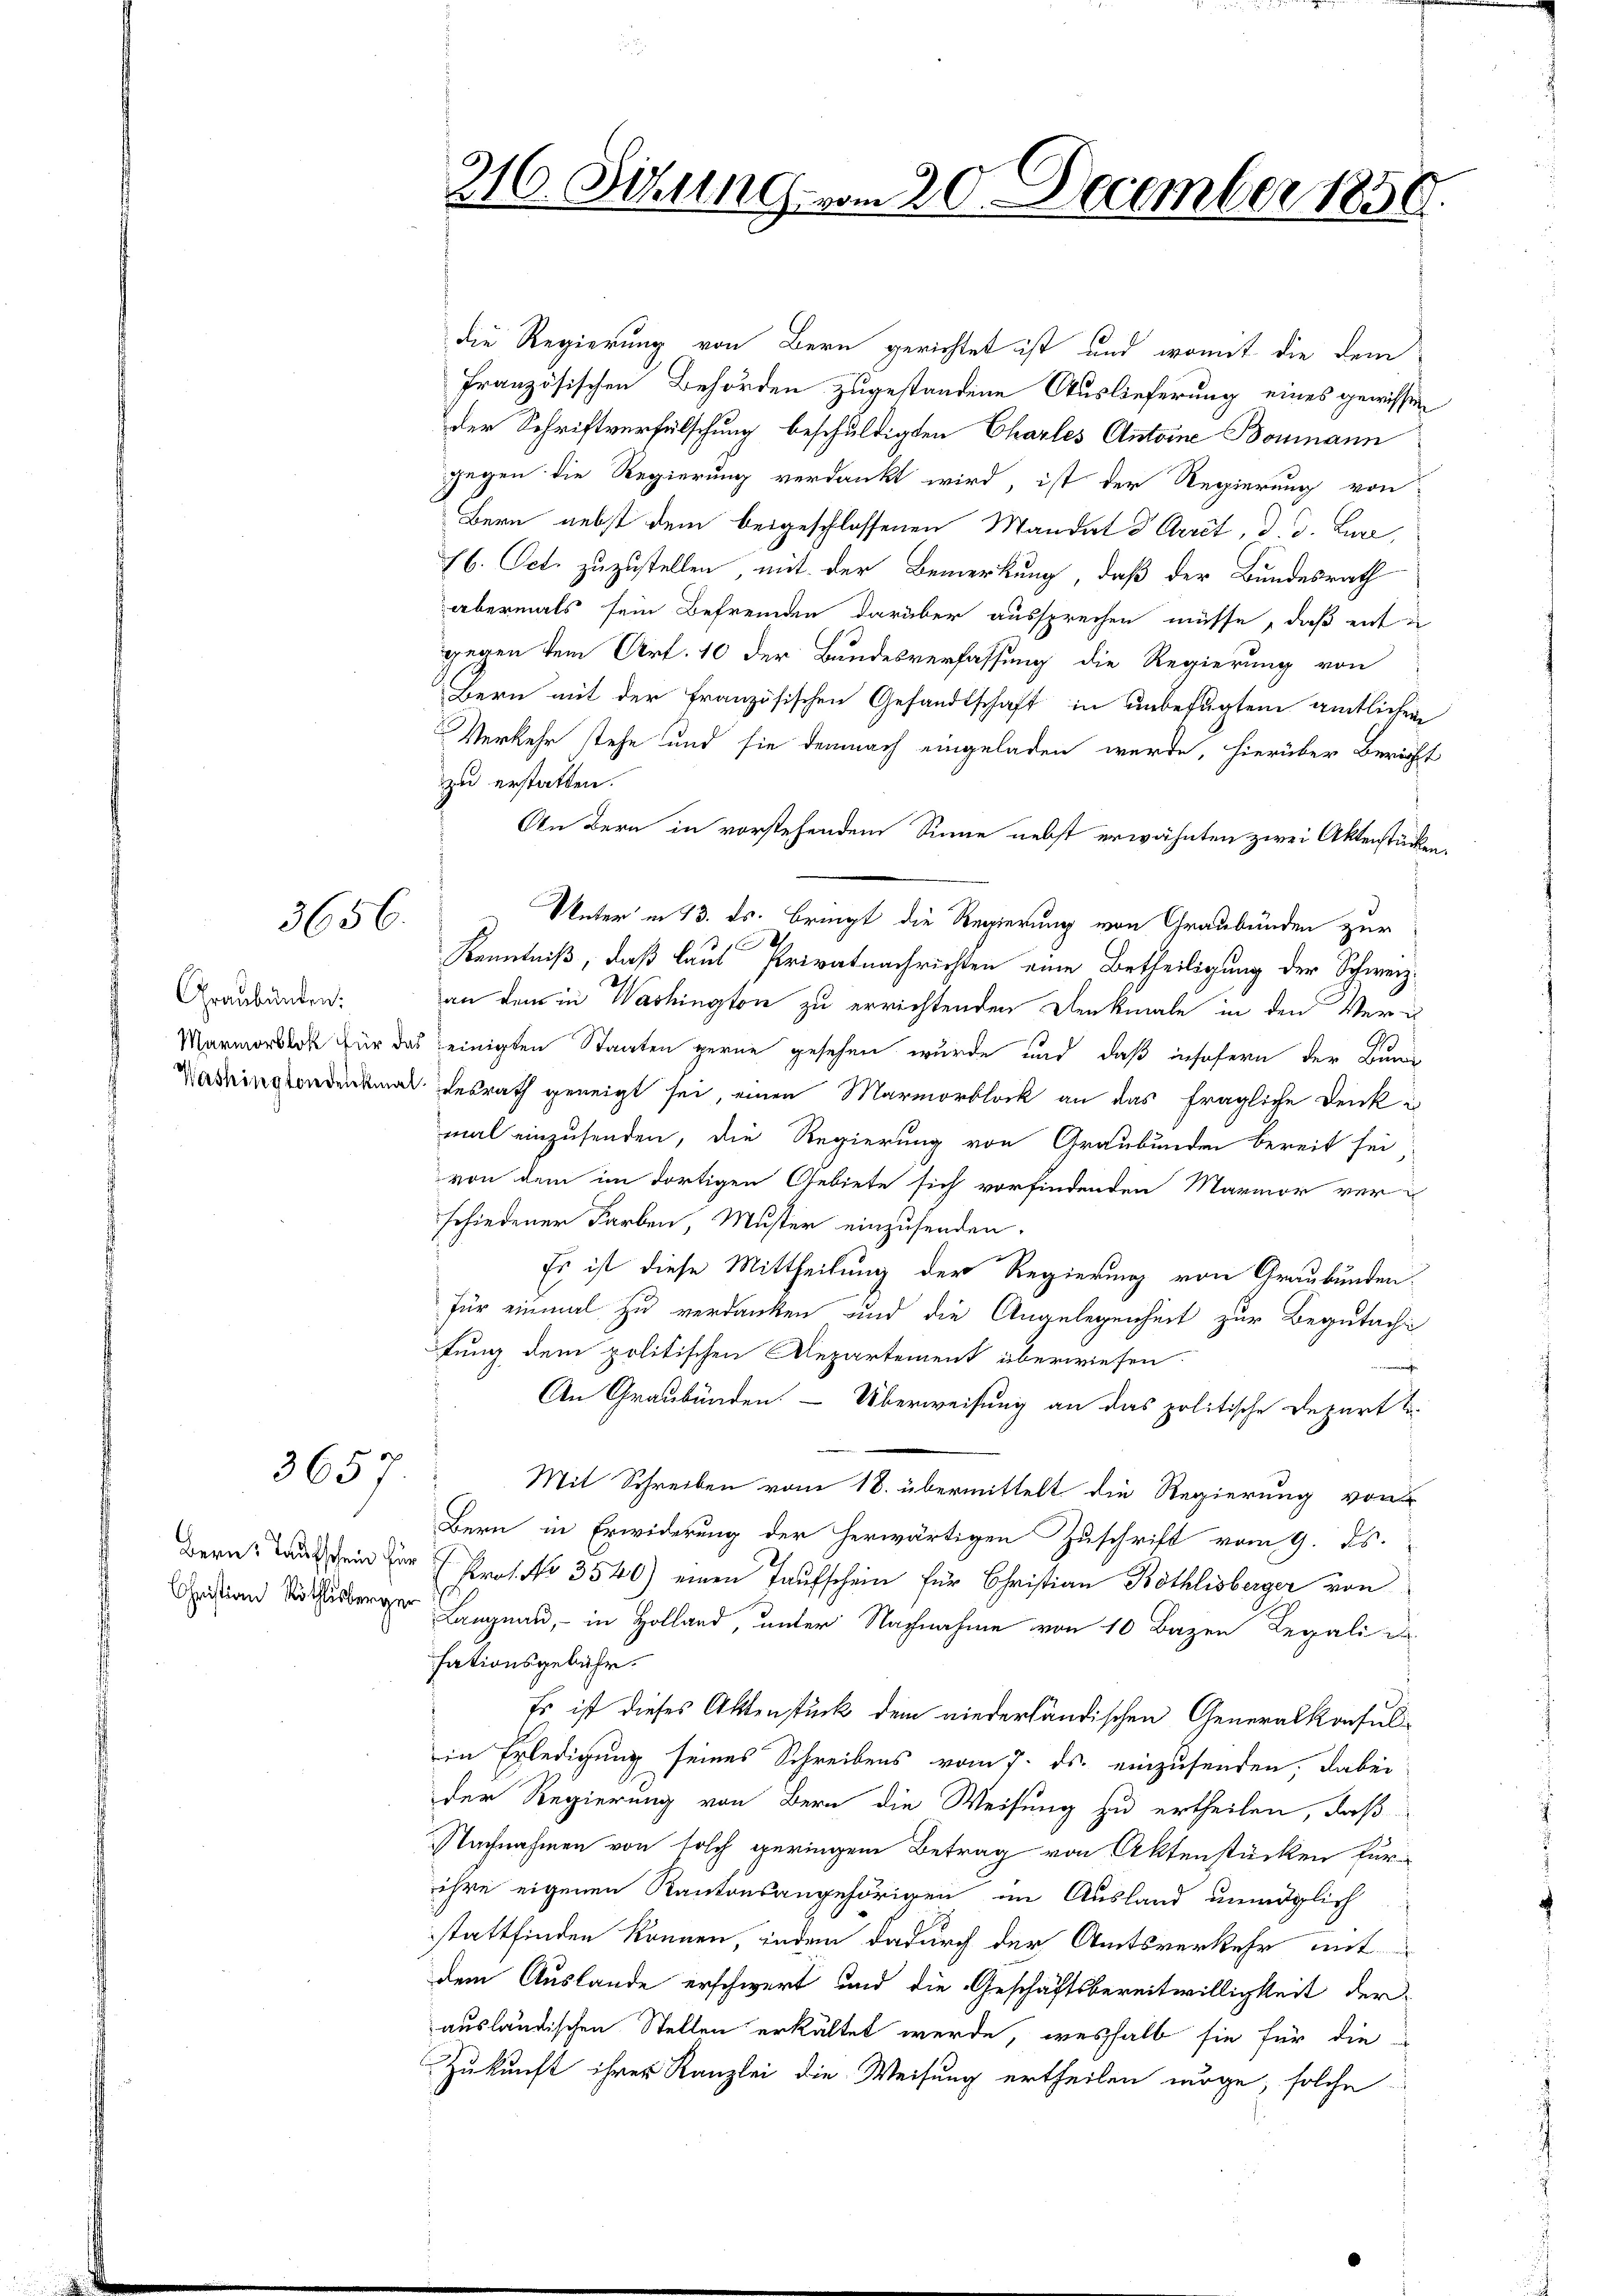
3656.

Graubünden:

3657

die Regierung von Bern gerichtet ist und womit die dem
französischen Behörden zugestandene Auslieferung eines gewissen
der Schriftverfälschung beschuldigten Charles Antoine Bonmann
gegen die Regierung verdankt wird, ist der Regierung von
Bern nebst dem beigeschlossenen Mandat d Arret, d. d. Luze
16. Oct. zuzustellen, mit der Bemerkung, daß der Bundesrath
abermals sein Befremden darüber aussprechen müsse, daß ent
gegen dem Art. 10 der Bundesverfassung die Regierung von
Bern mit der Französischen Gesandtschaft in unbefugtem amtlichen
Verkehr stehe und sie demnach eingeladen werde, hierüber Bericht
zu erstatten.
An Bern in vorstehendem Sinne nebst erwähnten zwei Aktenstücken,
Unter in 13. ds. bringt die Regierung von Graubünden zur
f
Kenntniß, daß laut Privatnachrichten eine Betheiligung der Schweiz.
an dem in Washington zu errichtenden Denkmale in den Ver¬
Marmorblos für das seinigten Staaten gerne gesehen wurde und daß insofern der Bunde
Madringtondenkmal desrath geneigt sei, einen Marmorblock an das fragliche Denk i
mal einzusenden, die Regierung von Graubünden bereit sei;
von dem im dortigen Gebiete sich vorfindenden Marmor verschiedener Farben Muster einzusenden.
s
Es ist diese Mittheilung der Regierung von Graubünden.
für einmal zu verdanken und die Angelegenheit zur Begutachfung dem politischen Repartement überwiesen
msen
An Graubünden. — Überweisung an das politische Depart u.
Mit Schreiben vom 18. übermittelt die Regierung von
Bern in Erwiderung der herwärtigen Zuschrift vom 9. ds.
Bern Tauschein für 7 Prof. No 3540) einen Taufschein für Christian Röthlisberger von
 , in Holland, unter Nachnahme von 10 Bazen Regalie
sationsgebühr.
Es ist dieses Aktenstück dem niederländischen Generalkonsul-
in Erledigung seines Schreibens vom 7. ds. einzusenden, dabei
der Regierung von Bern die Weisung zu ertheilen, daß
Nachnahmen von solch geringen Betrag von Aktenstücken für
ihre eigenen Kantonsangehörigen im Ausland unmöglich
stattfinden können, indem dadurch der Amtsverkehr mit
dem Auslande erschwert und die Geschäftsbereitwilligkeit der
ausländischen Stellen erkältet werde, weshalb sie für die
Zukunft ihrer Kanzlei die Weisung ertheilen möge, solche

216. Sitzung vom 20. December 1856